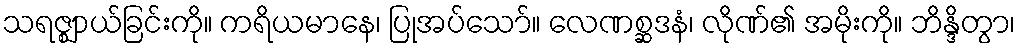
သရဇ္ဈာယ်ခြင်းကို။ ကရိယမာနေ၊ ပြုအပ်သော်။ လေဏစ္ဆဒနံ၊ လိုဏ်၏ အမိုးကို။ ဘိန္ဒိတွာ၊